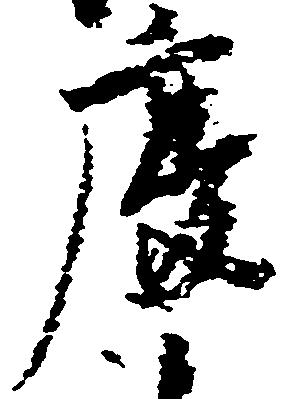
慶